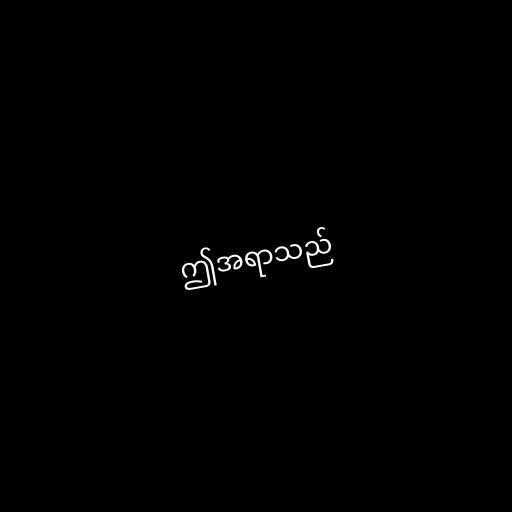
ဤအရာသည်